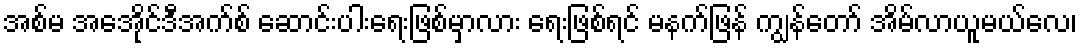
အစ်မ အေအိုင်ဒီအက်စ် ဆောင်းပါးရေးဖြစ်မှာလား ရေးဖြစ်ရင် မနက်ဖြန် ကျွန်တော် အိမ်လာယူမယ်လေ၊